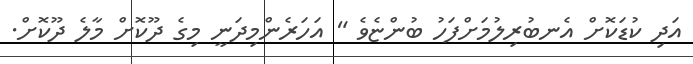
އަދި ކުޑަކޮށް އެނބުރިލުމަށްފަހު ބުންޏެވެ " އަހަރެންމިދަނީ މިގެ ދޫކޮށް މާލެ ދޫކޮށް.